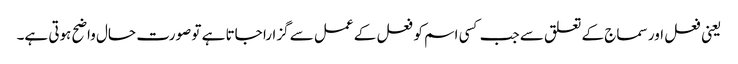
یعنی فعل اور سماج کے تعلق سے جب کسی اسم کو فعل کے عمل سے گزارا جاتا ہے تو صورت حال واضح ہوتی ہے۔